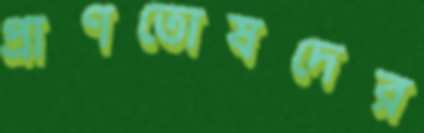
প্রাণতোষদের